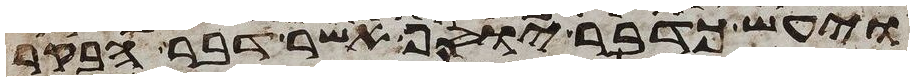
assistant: ויעש כדבר יוסף אשר דבר הבקר